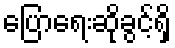
ပြောရေးဆိုခွင့်ရှိ